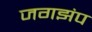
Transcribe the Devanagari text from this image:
जगझंप